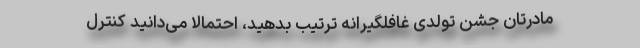
مادرتان جشن تولدی غافلگیرانه ترتیب بدهید، احتمالاً می‌دانید کنترل